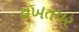
વખતપર